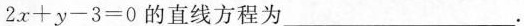
$$2x+y-3=0$$的直线方程为___